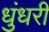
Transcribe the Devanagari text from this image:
धुंधरी